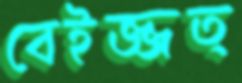
বেইজ্জত্